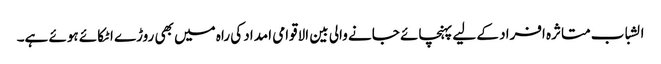
الشباب متاثرہ افراد کے لیے پہنچائے جانے والی بین الاقوامی امداد کی راہ میں بھی روڑے اٹکائے ہوئے ہے۔